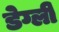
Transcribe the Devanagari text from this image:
डेग्ली